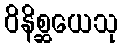
ဝိနိစ္ဆယေသု